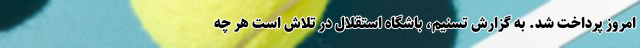
امروز پرداخت شد. به گزارش تسنیم، باشگاه استقلال در تلاش است هر چه